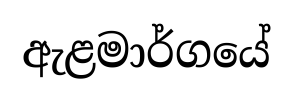
ඇළමාර්ගයේ